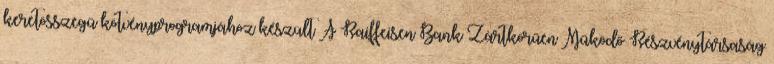
keretösszegű kötvényprogramjához készült A Raiffeisen Bank Zártkörűen Működő Részvénytársaság